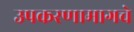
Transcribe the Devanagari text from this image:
उपकरणामागचे